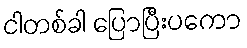
ငါတစ်ခါ ပြောပြီးပကော